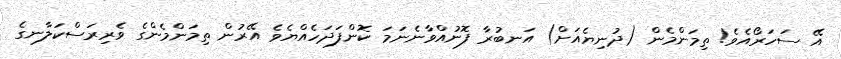
އޭ ސަހަރޯއެވެ! ތިމަންމެން (ދުނިޔެއަށް) އަނބުރާ ފޮނުއްވާނެނަމަ ކޮންފަދަހެއްޔެވެ އޭރުން ތިމަންމެންގެ ވެރިރަސްކަލާނގެ